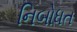
નિબોધત